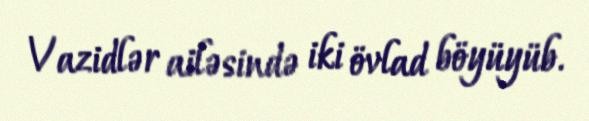
Vazidlər ailəsində iki övlad böyüyüb.